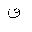
Letter: _qaf